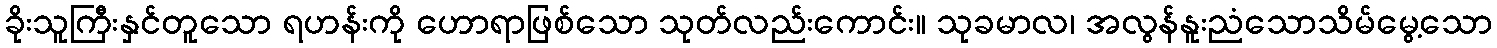
ခိုးသူကြီးနှင်တူသော ရဟန်းကို ဟောရာဖြစ်သော သုတ်လည်းကောင်း။ သုခမာလ၊ အလွန်နူးညံသောသိမ်မွေ့သော